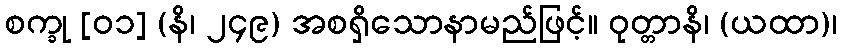
စက္ခု [၀၁] (နိ၊ ၂၄၉) အစရှိသောနာမည်ဖြင့်။ ဝုတ္တာနိ၊ (ယထာ)၊